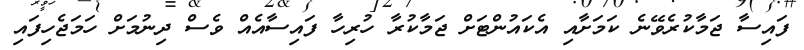
ފައިސާ ޖަމާކުރެވޭނެ ކަމަށާއި އެކައުންޓަށް ޖަމާކުރާ ހުރިހާ ފައިސާއެއް ވެސް ދިނުމަށް ހަމަޖެހިފައި